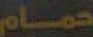
حمام